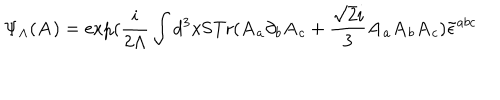
\Psi _ { \Lambda } ( { \bf A } ) = \exp ( { \frac { i } { 2 \Lambda } } \int d ^ { 3 } x \mathrm { S T r } ( { \bf A } _ { a } \partial _ { b } { \bf A } _ { c } + { \frac { \sqrt { 2 } i } { 3 } } { \bf A } _ { a } { \bf A } _ { b } { \bf A } _ { c } ) \tilde { \epsilon } ^ { a b c }